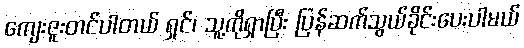
ကျေးဇူးတင်ပါတယ် ရှင်၊ သူ့ကိုရှာပြီး ပြန်ဆက်သွယ်ခိုင်းပေးပါမယ်